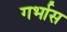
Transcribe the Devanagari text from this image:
गर्भास